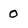
Character: 0